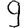
Digit: 9